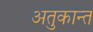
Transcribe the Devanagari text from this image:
अतुकान्त